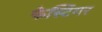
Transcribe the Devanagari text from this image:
फेस्टिंगर